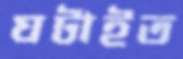
ঘটাইত